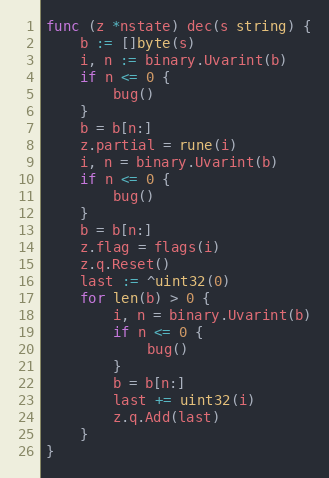
Language: Go
func (z *nstate) dec(s string) {
	b := []byte(s)
	i, n := binary.Uvarint(b)
	if n <= 0 {
		bug()
	}
	b = b[n:]
	z.partial = rune(i)
	i, n = binary.Uvarint(b)
	if n <= 0 {
		bug()
	}
	b = b[n:]
	z.flag = flags(i)
	z.q.Reset()
	last := ^uint32(0)
	for len(b) > 0 {
		i, n = binary.Uvarint(b)
		if n <= 0 {
			bug()
		}
		b = b[n:]
		last += uint32(i)
		z.q.Add(last)
	}
}